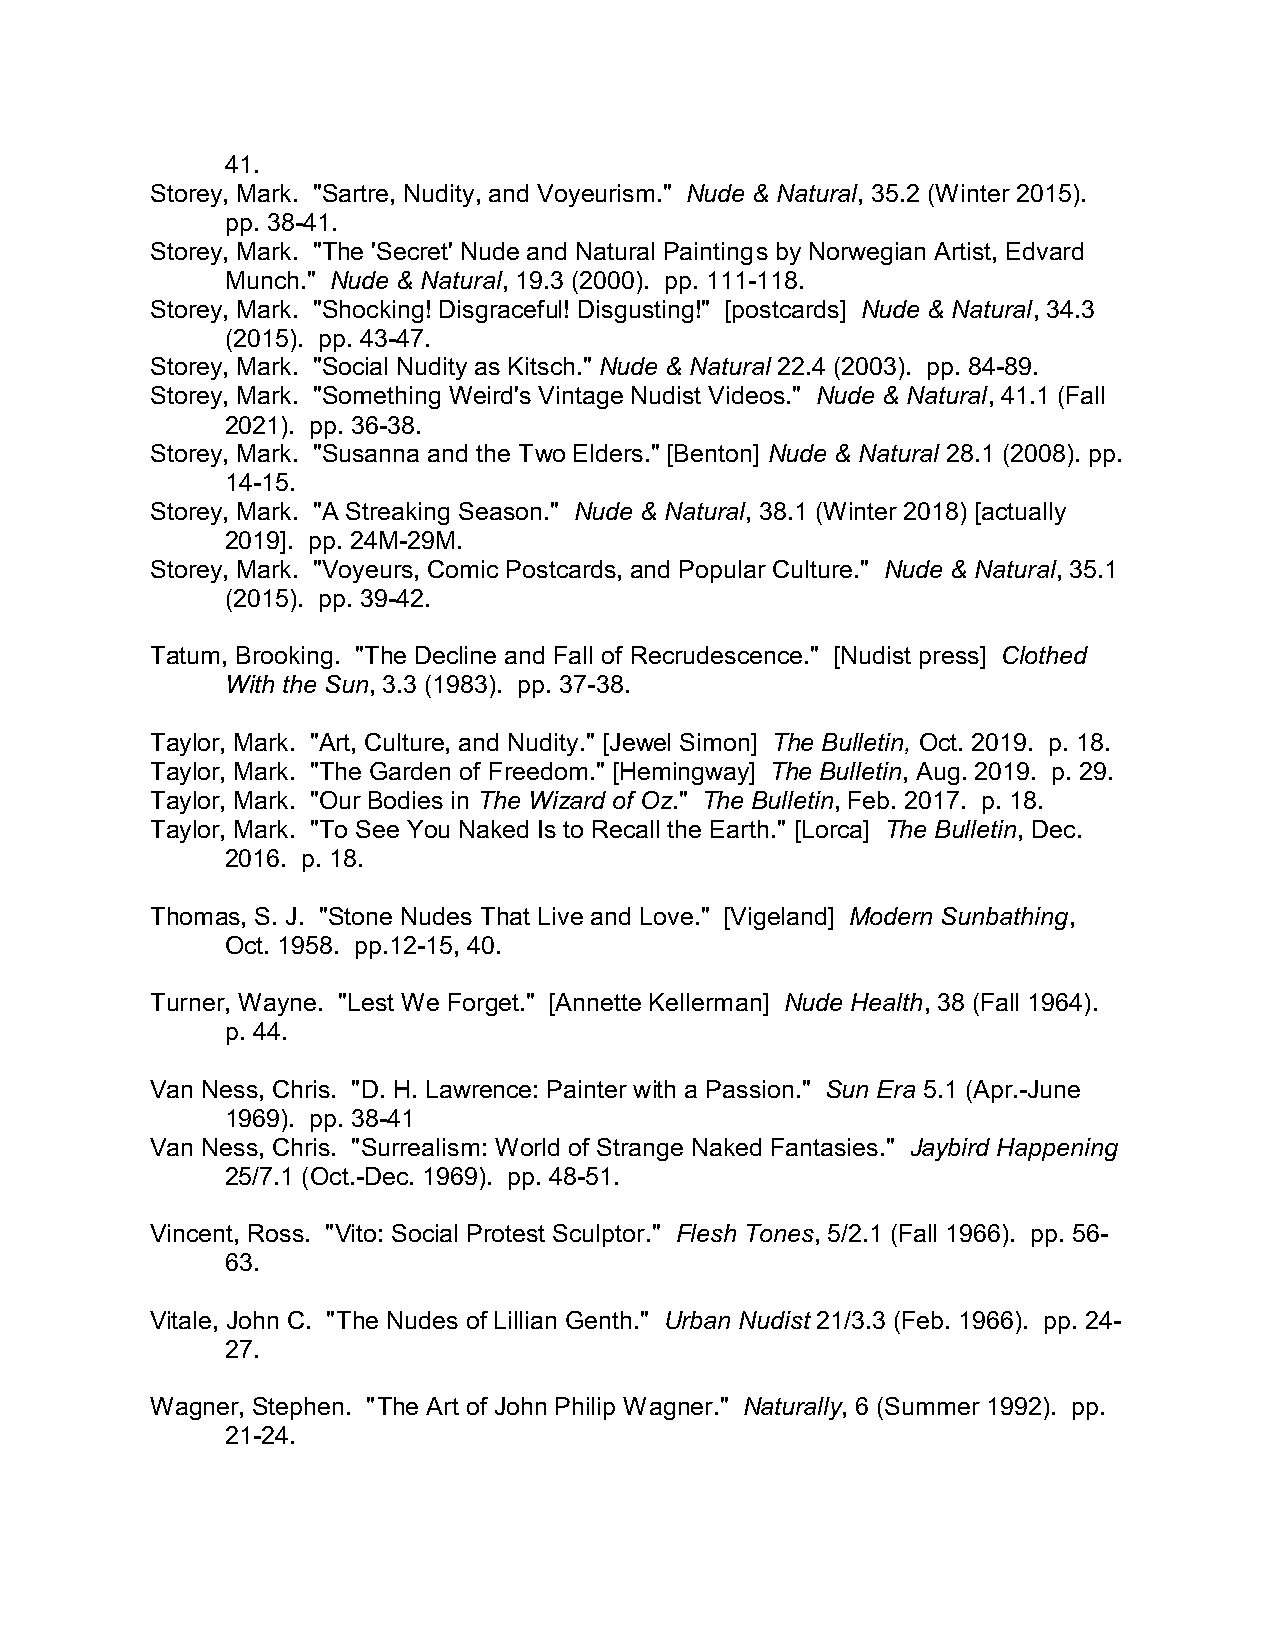
41.
 Storey, Mark. "Sartre, Nudity, and Voyeurism." Nude & Natural, 35.2 (Winter 2015).
 pp. 38-41.
 Storey, Mark. "The 'Secret' Nude and Natural Paintings by Norwegian Artist, Edvard
 Munch." Nude & Natural, 19.3 (2000). pp. 111-118.
 Storey, Mark. "Shocking! Disgraceful! Disgusting!" [postcards] Nude & Natural, 34.3
 (2015). pp. 43-47.
 Storey, Mark. "Social Nudity as Kitsch." Nude & Natural 22.4 (2003). pp. 84-89.
 Storey, Mark. "Something Weird's Vintage Nudist Videos." Nude & Natural, 41.1 (Fall
 2021). pp. 36-38.
 Storey, Mark. "Susanna and the Two Elders." [Benton] Nude & Natural 28.1 (2008). pp.
 14-15.
 Storey, Mark. "A Streaking Season." Nude & Natural, 38.1 (Winter 2018) [actually
 2019]. pp. 24M-29M.
 Storey, Mark. "Voyeurs, Comic Postcards, and Popular Culture." Nude & Natural, 35.1
 (2015). pp. 39-42.
 Tatum, Brooking. "The Decline and Fall of Recrudescence." [Nudist press] Clothed
 With the Sun, 3.3 (1983). pp. 37-38.
 Taylor, Mark. "Art, Culture, and Nudity." [Jewel Simon] The Bulletin, Oct. 2019. p. 18.
 Taylor, Mark. "The Garden of Freedom." [Hemingway] The Bulletin, Aug. 2019. p. 29.
 Taylor, Mark. "Our Bodies in The Wizard of Oz." The Bulletin, Feb. 2017. p. 18.
 Taylor, Mark. "To See You Naked Is to Recall the Earth." [Lorca] The Bulletin, Dec.
 2016. p. 18.
 Thomas, S. J. "Stone Nudes That Live and Love." [Vigeland] Modern Sunbathing,
 Oct. 1958. pp.12-15, 40.
 Turner, Wayne. "Lest We Forget." [Annette Kellerman] Nude Health, 38 (Fall 1964).
 p. 44.
 Van Ness, Chris. "D. H. Lawrence: Painter with a Passion." Sun Era 5.1 (Apr.-June
 1969). pp. 38-41
 Van Ness, Chris. "Surrealism: World of Strange Naked Fantasies." Jaybird Happening
 25/7.1 (Oct.-Dec. 1969). pp. 48-51.
 Vincent, Ross. "Vito: Social Protest Sculptor." Flesh Tones, 5/2.1 (Fall 1966). pp. 56-
 63.
 Vitale, John C. "The Nudes of Lillian Genth." Urban Nudist 21/3.3 (Feb. 1966). pp. 24-
 27.
 Wagner, Stephen. "The Art of John Philip Wagner." Naturally, 6 (Summer 1992). pp.
 21-24.